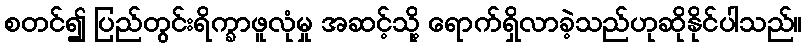
စတင်၍ ပြည်တွင်းရိက္ခာဖူလုံမှု အဆင့်သို့ ရောက်ရှိလာခဲ့သည်ဟုဆိုနိုင်ပါသည်။